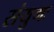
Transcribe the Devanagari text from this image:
संयुगः